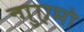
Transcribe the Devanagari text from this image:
न्गुएमो